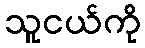
သူငယ်ကို